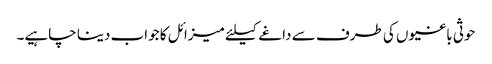
حوثی باغیوں کی طرف سے داغے کیلئے میزائل کا جواب دینا چاہیے۔